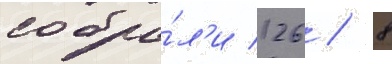
собра́л'и 126 / 8